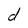
Character: d